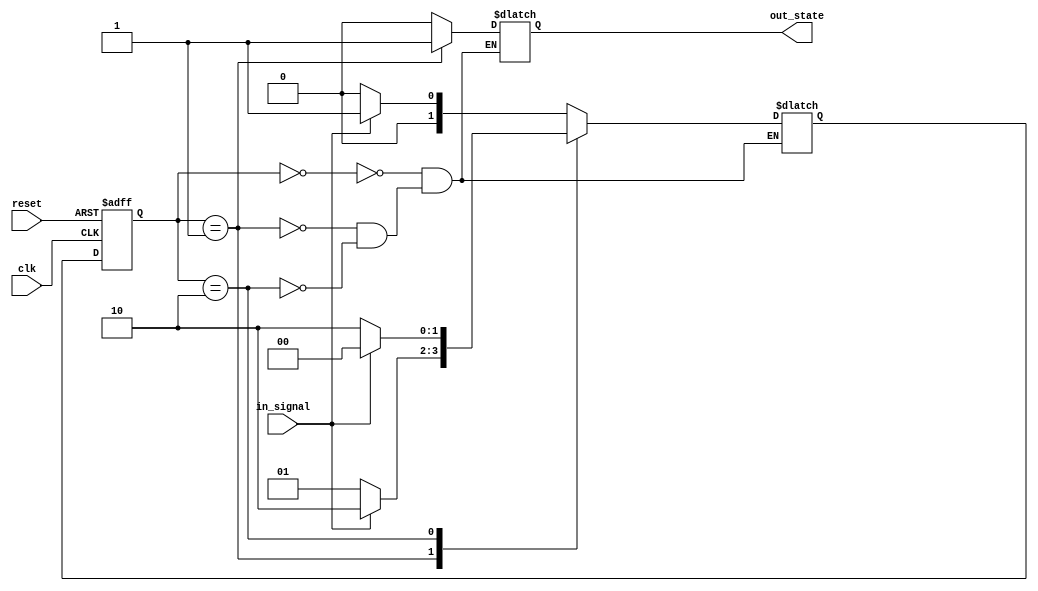
module fsm(
    input clk,
    input reset,
    input in_signal,
    output reg out_state
);

//State definitions
parameter STATE_A = 2'b00;
parameter STATE_B = 2'b01;
parameter STATE_C = 2'b10;

//State register
reg [1:0] current_state, next_state;

//State transition logic
always @ (posedge clk or posedge reset) begin
    if (reset) begin
        current_state <= STATE_A;
    end else begin
        current_state <= next_state;
    end
end

//Next state logic
always @ (*) begin
    case (current_state)
        STATE_A: begin
            if (in_signal) begin
                next_state = STATE_B;
            end else begin
                next_state = STATE_A;
            end
        end
        STATE_B: begin
            if (in_signal) begin
                next_state = STATE_C;
            end else begin
                next_state = STATE_B;
            end
        end
        STATE_C: begin
            if (in_signal) begin
                next_state = STATE_A;
            end else begin
                next_state = STATE_C;
            end
        end
    endcase
end

//Output logic
always @ (*) begin
    case (current_state)
        STATE_A: out_state = 1'b0;
        STATE_B: out_state = 1'b1;
        STATE_C: out_state = 1'b0;
    endcase
end

endmodule